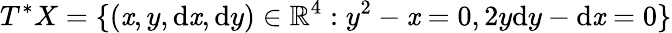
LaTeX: T^{*}X=\{ (\mathit{x},y,\mathrm{{d}}\mathit{x},\mathrm{{d}}y)\in\mathbb{{R}}^{4}:y^{2}-\mathit{x}=0,2y\mathrm{{d}}y-\mathrm{{d}}\mathit{x}=0\}